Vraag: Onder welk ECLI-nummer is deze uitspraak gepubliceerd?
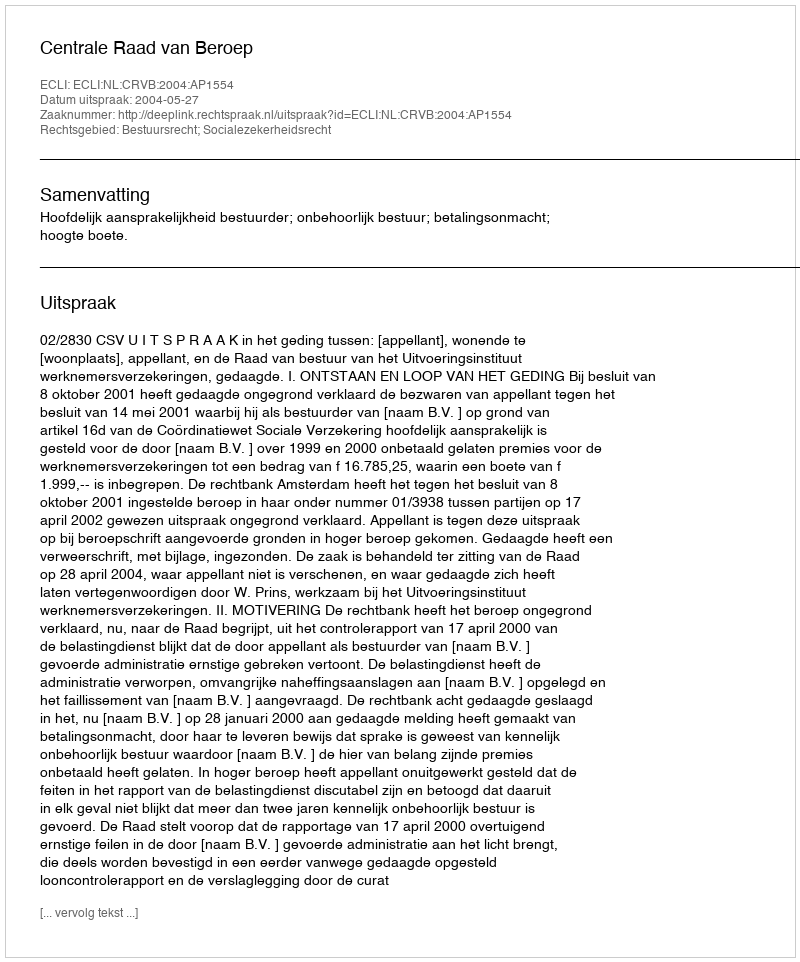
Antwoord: ECLI:NL:CRVB:2004:AP1554